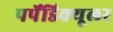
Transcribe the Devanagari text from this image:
पर्पेंडिक्यूलर